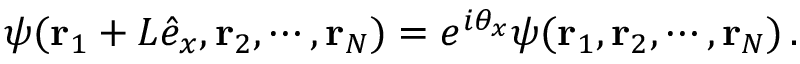
\psi ( { \mathbf r } _ { 1 } + L { \hat { e } _ { x } } , { \mathbf r } _ { 2 } , \cdots , { \mathbf r } _ { N } ) = e ^ { i \theta _ { x } } \psi ( { \mathbf r } _ { 1 } , { \mathbf r } _ { 2 } , \cdots , { \mathbf r } _ { N } ) \, .